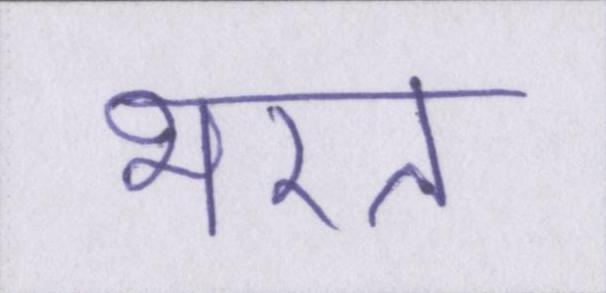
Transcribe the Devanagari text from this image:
भरत